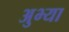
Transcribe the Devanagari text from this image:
अुभ्या